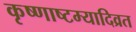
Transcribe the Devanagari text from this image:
कृष्णाष्टम्यादिव्रत